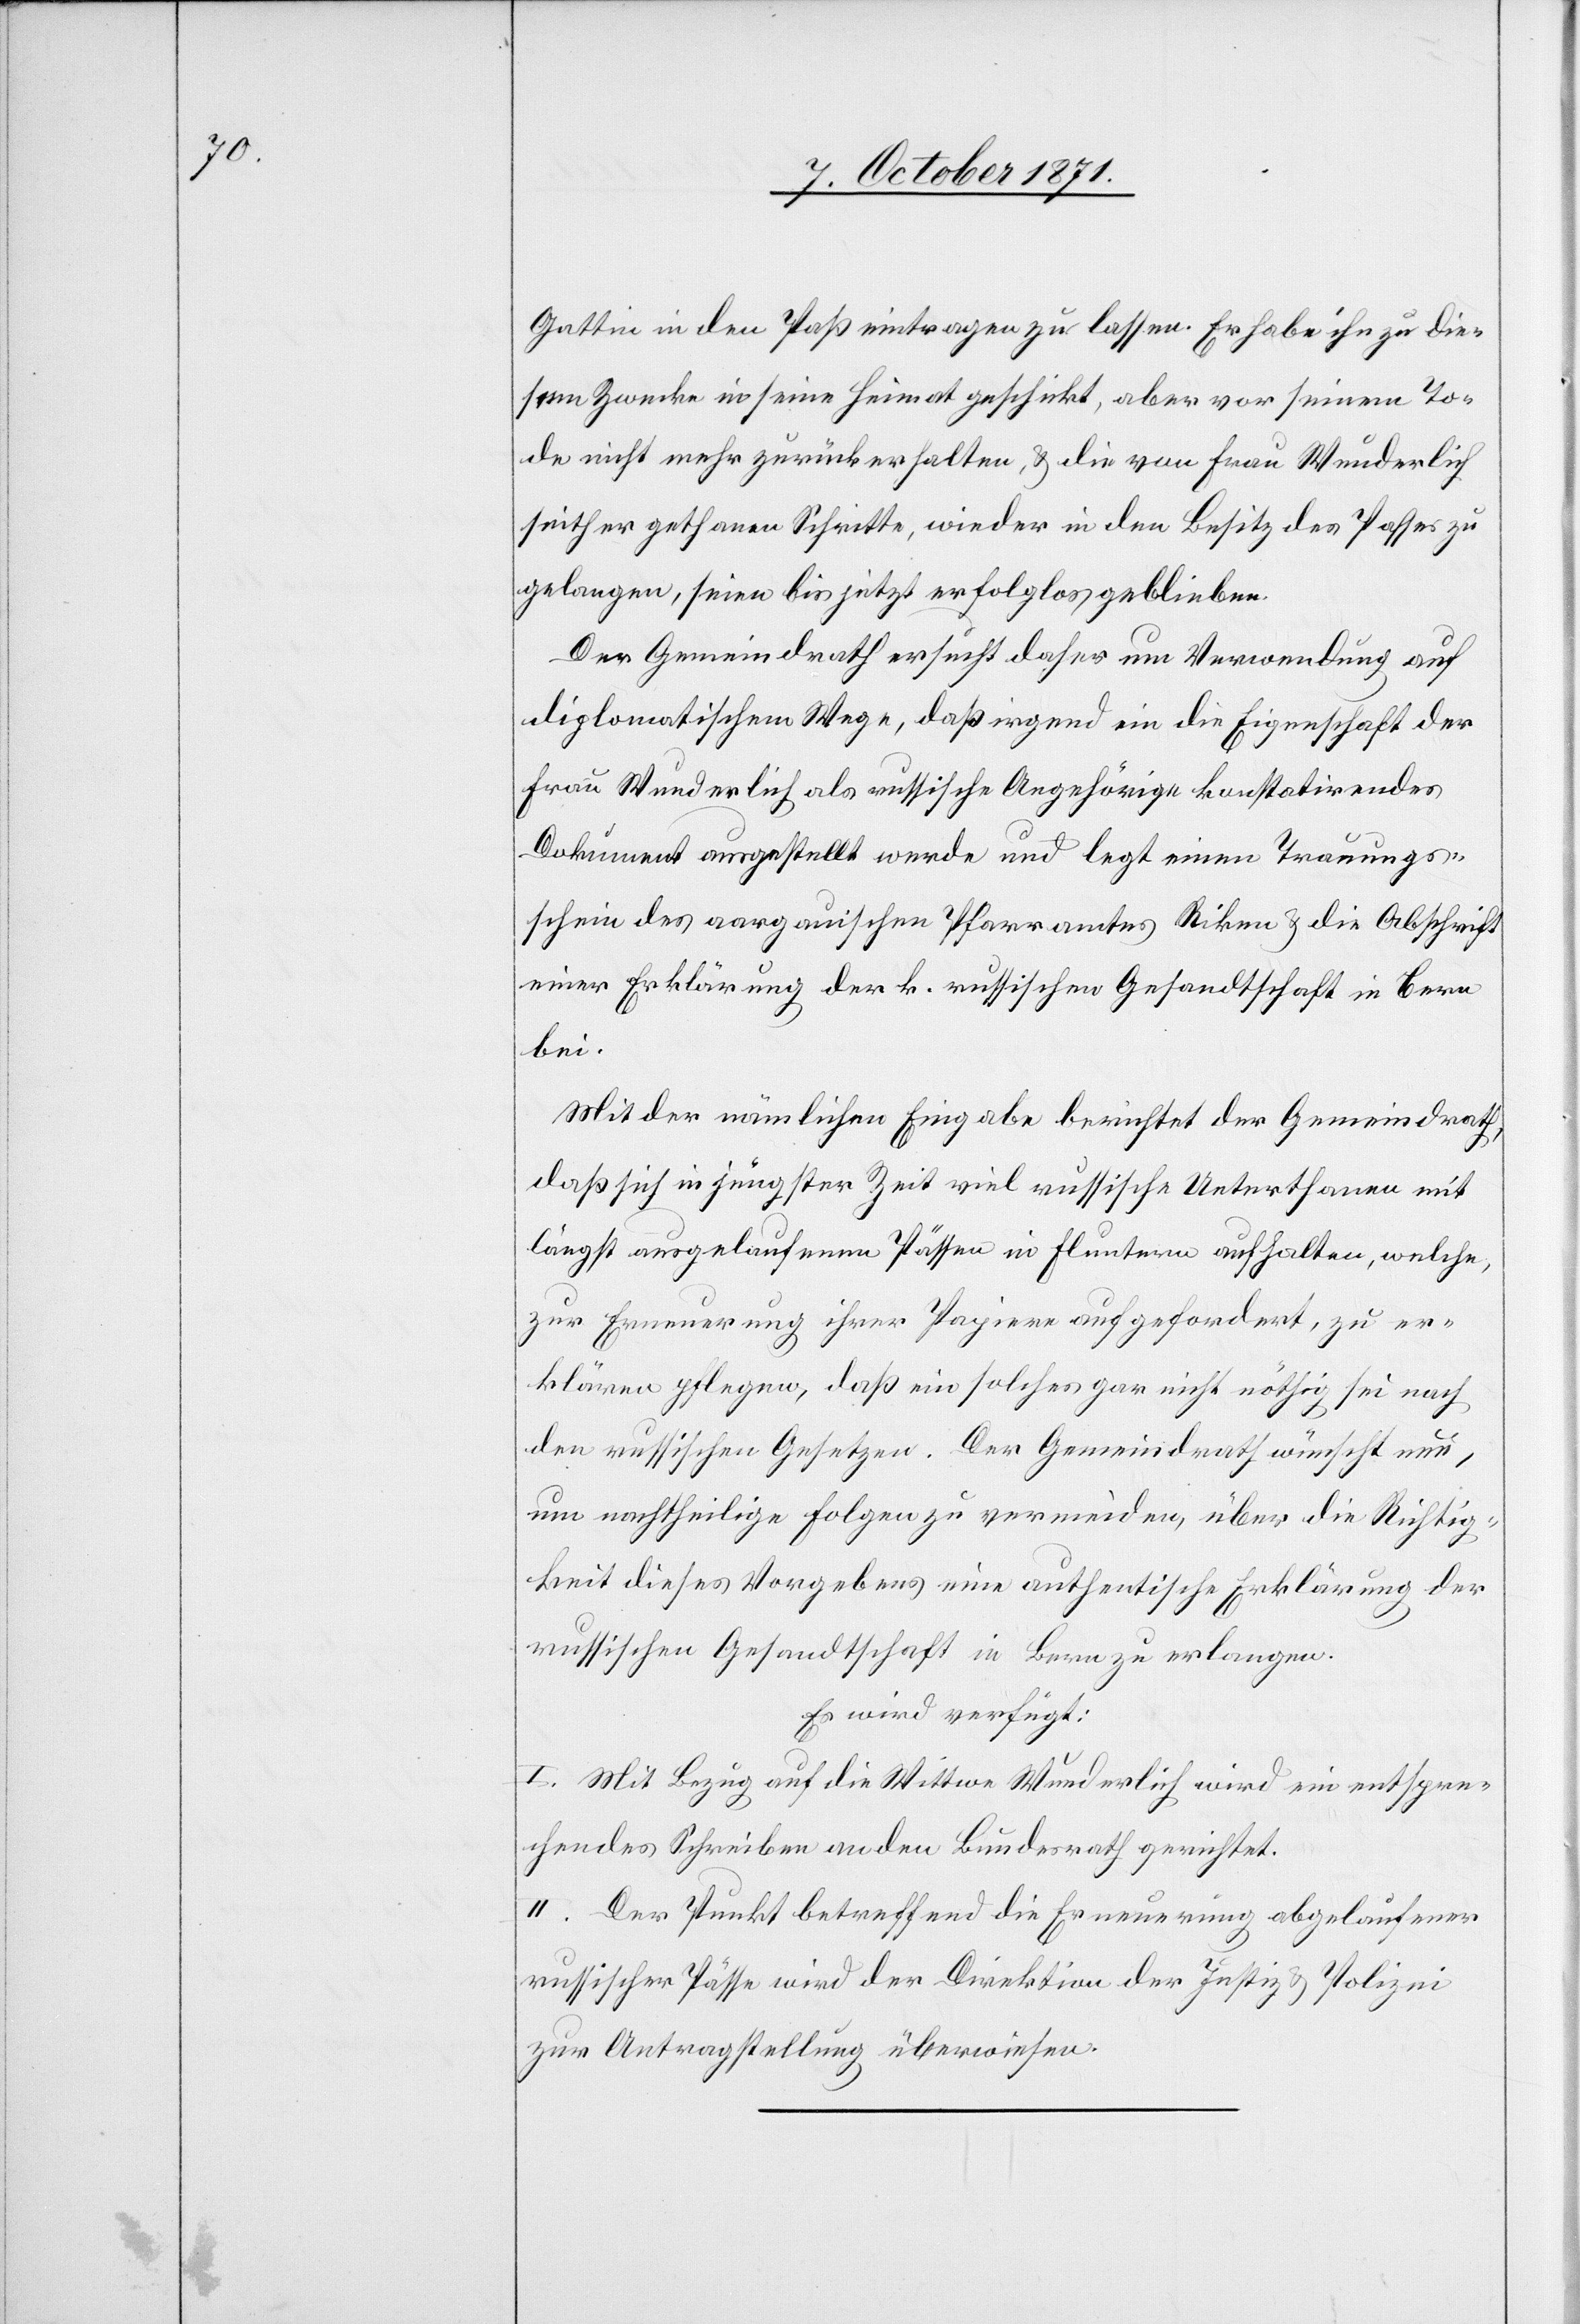
Gattin in den Paß eintragen zu lassen. Er habe ihn zu die¬
sem Zwecke in seine Heimat geschickt, aber vor seinem To¬
de nicht mehr zurückerhalten, & die von Frau Wunderlich
seither gethanen Schritte, wieder in den Besitz des Passes zu
gelangen, seien bis jetzt erfolglos geblieben.
Der Gemeindrath ersucht daher um Verwendung auf
diplomatischem Wege, daß irgend ein die Eigenschaft der
Frau Wunderlich als russische Angehörige konstatirendes
Dokument ausgestellt werde und legt einen Trauungs¬
schein des aargauischen Pfarramtes Riken & die Abschrift
einer Erklärung der k. russischen Gesandtschaft in Bern
bei.
Mit der nämlichen Eingabe berichtet der Gemeindrath,
daß sich in jüngster Zeit viel russische Unterthanen mit
längst ausgelaufenen Pässen in Fluntern aufhalten, welche,
zur Erneuerung ihrer Papiere aufgefordert, zu er¬
klären pflegen, daß ein solches gar nicht nöthig sei nach
den russischen Gesetzen. Der Gemeindrath wünscht nun,
um nachtheilige Folgen zu vermindern, über die Richtig¬
keit dieses Vorgebens eine authentische Erklärung der
russischen Gesandtschaft in Luzern zu erlangen.
Es wird verfügt:
I. Mit Bezug auf die Wittwe Wunderlich wird ein entspre¬
chendes Schreiben an den Bundesrath gerichtet.
II. Der Punkt betreffend die Erneuerung abgelaufener
russischer Pässe wird der Direktion der Justiz & Poliziei
zur Antragstellung überwiesen.